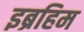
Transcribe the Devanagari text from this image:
इब्रहिम